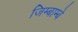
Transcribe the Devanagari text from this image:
जिम्बाम्बे